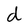
Character: d